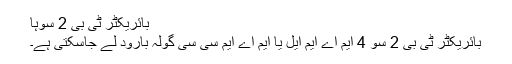
بائریکٹر ٹی بی 2 سوہا
بائریکٹر ٹی بی 2 سو 4 ایم اے ایم ایل یا ایم اے ایم سی سی گولہ بارود لے جاسکتی ہے۔